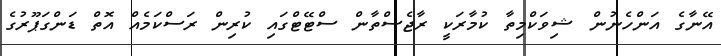
އޭނާގެ އަންހެނުން ޝިވަކްމިތާ ކުމާރަކީ ރާޖެސްތާން ސްޓޭޓްގައި ކުރިން ރަސްކަމެއް އޮތް ޑަންގަޕޫރުގެ